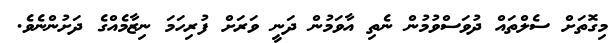
މިގޮތަށް ސެލްތައް ދުވަސްވުމުން ނެތި އާވަމުން ދަނީ ވަރަށް ފުރިހަމަ ނިޒާމެއްގެ ދަށުންނެވެ.